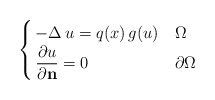
\begin{align*}\begin{cases}\, -\Delta \,u = q(x)\,g(u) & \Omega \\\, \dfrac{\partial u}{\partial {\bf n}} = 0 & \partial\Omega\end{cases}\end{align*}